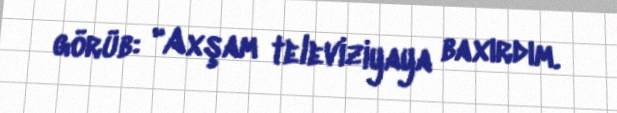
görüb: "Axşam televiziyaya baxırdım.